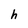
Character: h